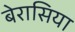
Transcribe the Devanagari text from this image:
बेरासिया